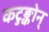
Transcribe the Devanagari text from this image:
कटुङ्कोन्